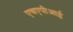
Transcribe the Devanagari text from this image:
एचएपीआई